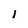
Character: 1